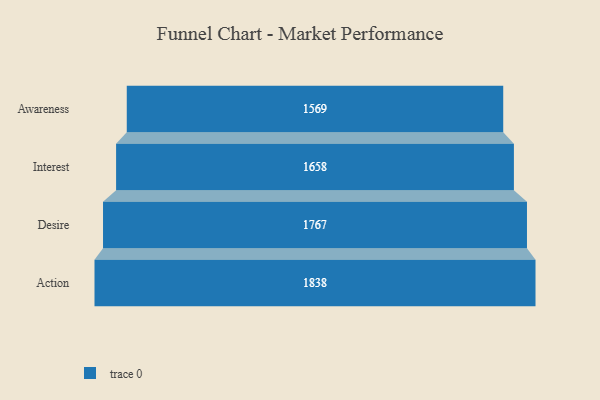
{"axis": {"x": "Stage", "y": "Value"}, "legend": [""], "data": [{"x": "Awareness", "y": 1569.0, "type": ""}, {"x": "Interest", "y": 1658.0, "type": ""}, {"x": "Desire", "y": 1767.0, "type": ""}, {"x": "Action", "y": 1838.0, "type": ""}]}